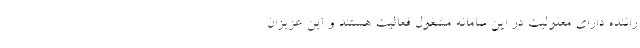
راننده دارای معلولیت در این سامانه مشغول فعالیت هستند و این عزیزان